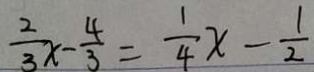
\frac { 2 } { 3 } x - \frac { 4 } { 3 } = \frac { 1 } { 4 } x - \frac { 1 } { 2 }